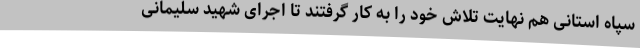
سپاه استانی هم نهایت تلاش خود را به کار گرفتند تا اجرای شهید سلیمانی